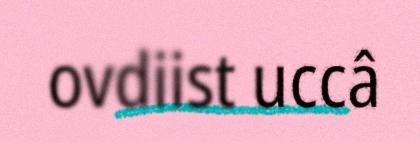
ovdiist uccâ